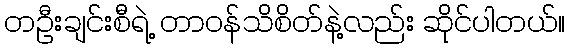
တဦးချင်းစီရဲ့ တာဝန်သိစိတ်နဲ့လည်း ဆိုင်ပါတယ်။